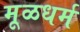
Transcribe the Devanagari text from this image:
मूळधर्म